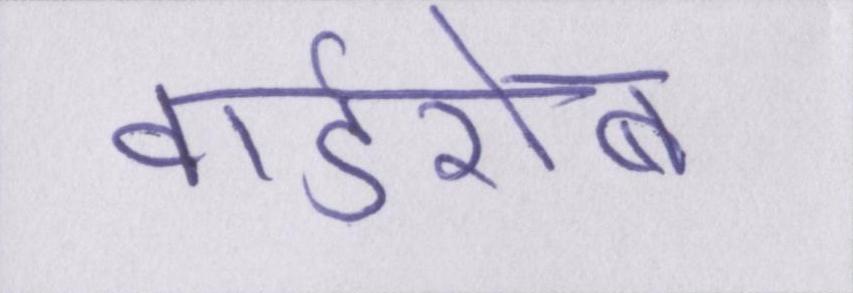
वार्डरोब